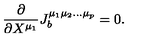
\frac { \partial } { \partial X ^ { \mu _ { 1 } } } J _ { b } ^ { \mu _ { 1 } \mu _ { 2 } \ldots \mu _ { p } } = 0 .